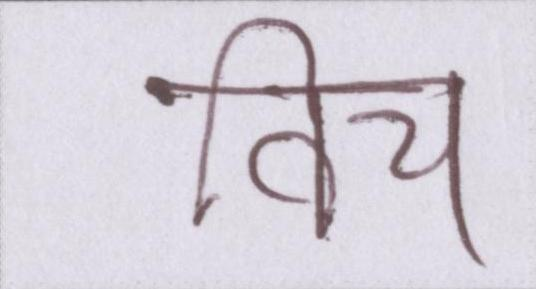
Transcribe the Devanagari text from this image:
विच